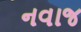
નવાજ